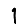
Digit: 1